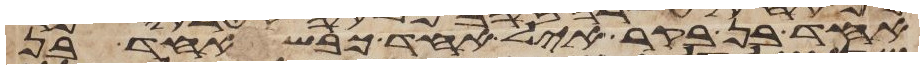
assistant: אחד בן בקר איל אחד כבש אחד בן